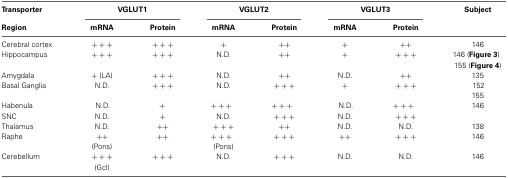
| Transporter | <COLSPAN=2> VGLUT1 | <COLSPAN=2> VGLUT2 | <COLSPAN=2> VGLUT3 | Subject |
 | Region | mRNA | Protein | mRNA | Protein | mRNA | Protein |  |
 | --- | --- | --- | --- | --- | --- | --- | --- |
 | Cerebral cortex | +++ | +++ | + | ++ | + | ++ | 146 |
 | Hippocampus | +++ | +++ | N.D. | ++ | + | +++ | 146 (Figure 3) |
 |  |  |  |  |  |  |  | 155 (Figure 4) |
 | Amygdala | + (LA) | +++ | N.D. | ++ | N.D. | ++ | 135 |
 | Basal Ganglia | N.D. | +++ | N.D. | +++ | + | +++ | 152 |
 |  |  |  |  |  |  |  | 155 |
 | Habenula | N.D. | + | +++ | +++ | N.D. | +++ | 146 |
 | SNC | N.D. | + | N.D. | +++ | N.D. | +++ |  |
 | Thalamus | N.D. | ++ | +++ | ++ | N.D. | N.D. | 138 |
 | Raphe | ++ (Pons) | ++ | +++ (Pons) | +++ | ++ | +++ | 146 |
 | Cerebellum | +++ (Gcl) | +++ | N.D. | +++ | N.D. | N.D. | 146 |